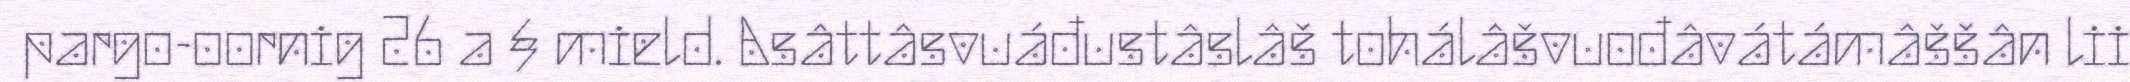
pargo-oornig 26 a § mield. Asâttâsvuáđustâslâš tohálâšvuođâvátámâššân lii